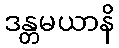
ဒန္တမယာနိ